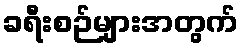
ခရီးစဉ်များအတွက်